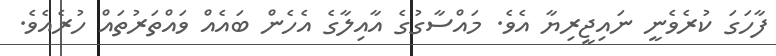
ފާހަގަ ކުރެވެނީ ނައިޖީރިޔާ އެވެ. މައްސާގުގެ އާއިލާގެ އެހެން ބައެއް ވައްތަރުތައް ހުރެއެވެ.